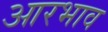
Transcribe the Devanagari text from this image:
आरभाव